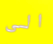
الى